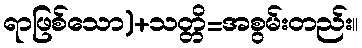
ရာဖြစ်သော)+သတ္တိ=အစွမ်းတည်း။